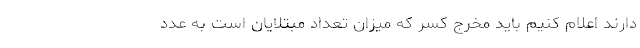
دارند اعلام کنیم باید مخرج کسر که میزان تعداد مبتلایان است به عدد